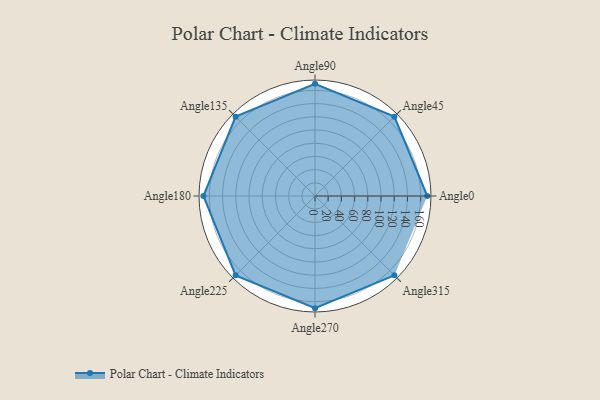
{"axis": {"x": "Angle", "y": "Radius"}, "legend": [""], "data": [{"x": "Angle0", "y": 170, "type": ""}, {"x": "Angle45", "y": 170, "type": ""}, {"x": "Angle90", "y": 170, "type": ""}, {"x": "Angle135", "y": 170.0, "type": ""}, {"x": "Angle180", "y": 169.0, "type": ""}, {"x": "Angle225", "y": 170, "type": ""}, {"x": "Angle270", "y": 170, "type": ""}, {"x": "Angle315", "y": 170, "type": ""}]}